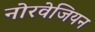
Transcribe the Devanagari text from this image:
नोरवेजियन